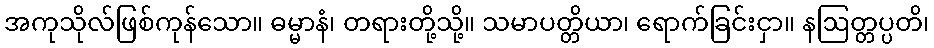
အကုသိုလ်ဖြစ်ကုန်သော။ ဓမ္မာနံ၊ တရားတို့သို့။ သမာပတ္တိယာ၊ ရောက်ခြင်းငှာ။ နဩတ္တပ္ပတိ၊